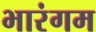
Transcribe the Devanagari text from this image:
भारंगम